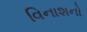
વિનાશનો